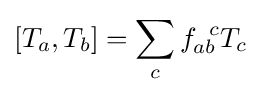
[T_{a},T_{b}]=\sum _{c}f_{ab}^{\;\;c}T_{c}